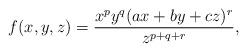
LaTeX: \begin{align*}f(x,y,z)=\dfrac{x^{p}y^{q}(ax+by+cz)^r}{z^{p+q+r}}, \end{align*}